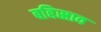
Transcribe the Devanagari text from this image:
बहिस्राव